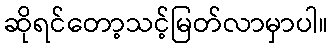
ဆိုရင်တော့သင့်မြတ်လာမှာပါ။